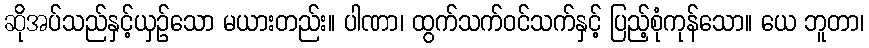
ဆိုအပ်သည်နှင့်ယှဉ်သော မယားတည်း။ ပါဏာ၊ ထွက်သက်ဝင်သက်နှင့် ပြည့်စုံကုန်သော။ ယေ ဘူတာ၊